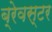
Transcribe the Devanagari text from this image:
ब्रेवस्टर